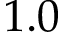
1 . 0